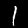
Label: 1